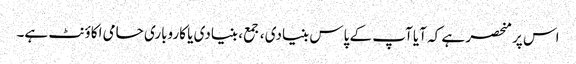
اس پر منحصر ہے کہ آیا آپ کے پاس بنیادی ، جمع ، بنیادی یا کاروباری حامی اکاؤنٹ ہے۔